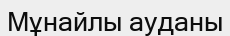
Мұнайлы ауданы